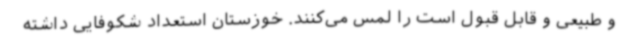
و طبیعی و قابل قبول است را لمس می‌کنند. خوزستان استعداد شکوفایی داشته